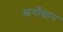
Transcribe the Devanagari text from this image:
स्वर्गोद्यान